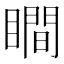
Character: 瞷